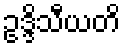
ဥဒ္ဒိသီယတိ